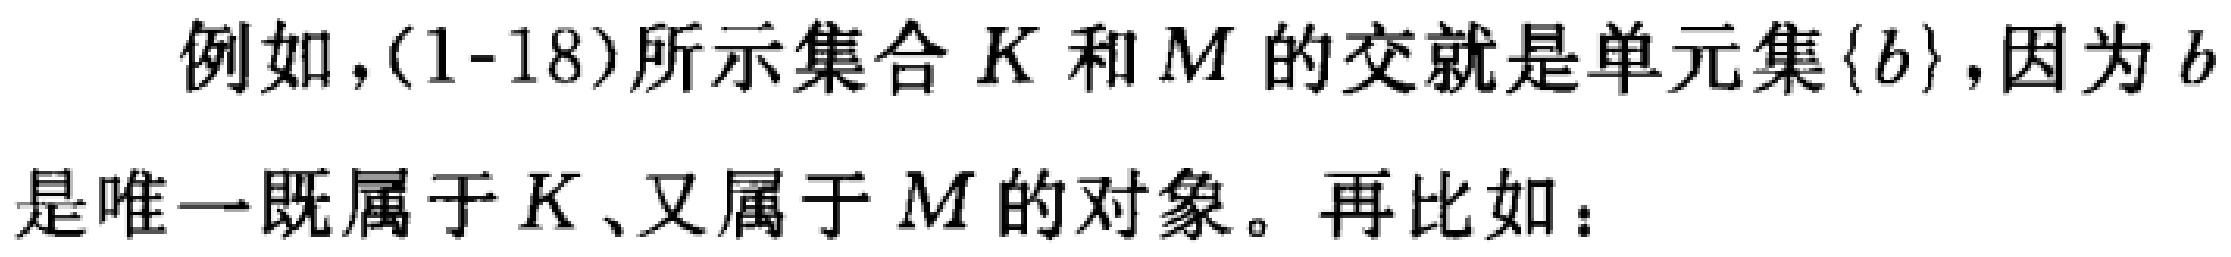
例如，(1-18)所示集合 \(K\) 和 \(M\) 的交就是单元集 \(\{b\}\)，因为 \(b\) 是唯一既属于 \(K\)、又属于 \(M\) 的对象。再比如：